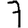
Digit: 7